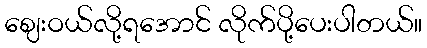
ဈေးဝယ်လို့ရအောင် လိုက်ပို့ပေးပါတယ်။